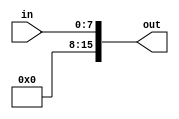
module zero_extend_8b(in, out);

	input  [7:0]  in;
	output [15:0] out;

	assign out[7:0] = in;
	assign out[15:8] = 8'b0;

endmodule